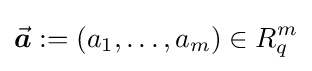
{\vec {\boldsymbol {a}}}:=(a_{1},\ldots ,a_{m})\in R_{q}^{m}